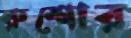
রুশোর